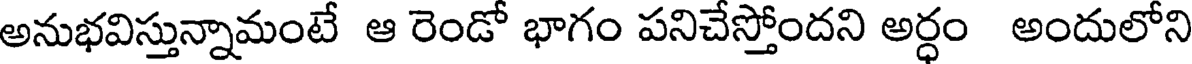
అనుభవిస్తున్నామంటే ఆ రెండో భాగం పనిచేస్తోందని అర్ధం అందులోని